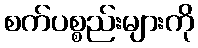
စက်ပစ္စည်းများကို